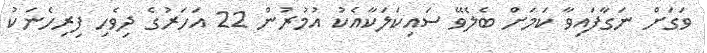
ވަގަށް ނަގާފައިވާ ކަމަށް ބެލެވޭ ސައިކަލަކާއެކު އުމުރުން 22 އަހަރުގެ ދިވެހި ފިރިހެނަކު